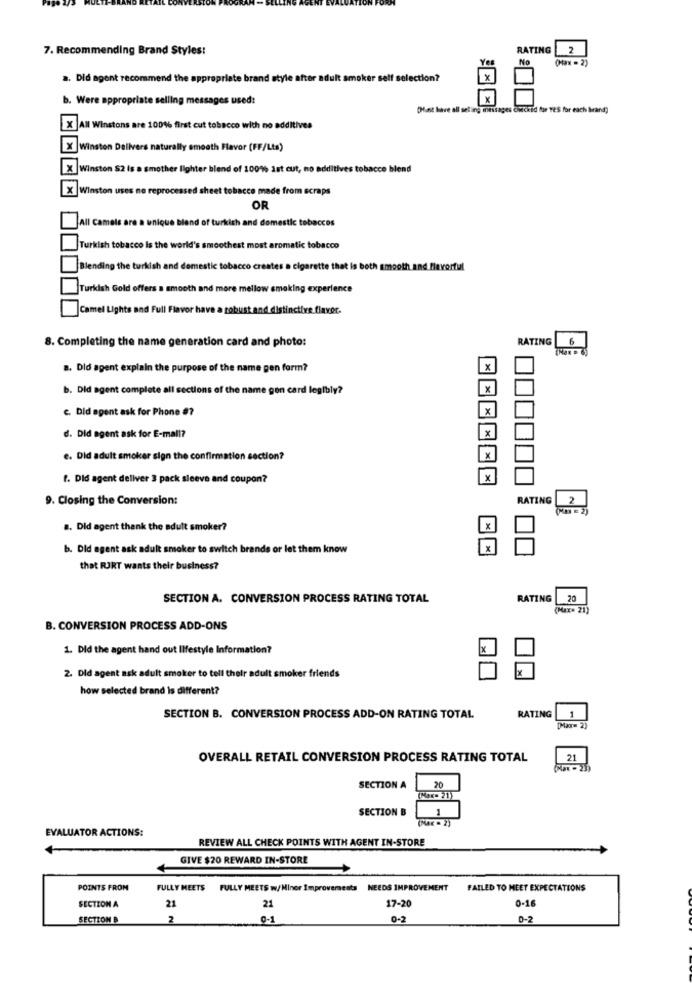
7. Recommending Brand Styles:
RATING
2
(ax - 2)
Yes
No
a. Did agent recommend the appropriate brand style after adult smoker self selection?
Were appropriate selling messages used:
(fast have all selling messages OMckid for TES for each brand)
All Winstons are 100% first cut tobacco with no additives
Winston Delivers naturally smeath Flavor (FF/Lts)
X |Winston S2 is a smother lighter blend of 100% ist cut, no additives tobacco blend
x
Winston uses no reprocessed sheet tobacco made from scraps
OR
JAIL Can
unique blend of turkish and domestic tobaccos
Turkish tobacco Is the world's smoothest most aromatic tobacco
Blending the turkish and domestic tobacco creates a cigarette that is both smooth and flavorful
Turkish Gold offers a smooth and more mellow smoking experience
Camel Lights and Full Flavor have a robust and distinctive flavor.
8. Completing the name generation card and photo:
RATING
6
B. Did agent explain the purpose of the name gen form?
b. Did agent complete all sections of the name gen card legibly?
c. Did agent ask for Phone #?
d. Did agent ask for E-mail?
x
e. Did adult smoker sign the confirmation section?
x
f. Did agent deliver 3 pack sleeve and coupon?
x
9. Closing the Conversion:
RATING
2
(Mm = 2)
#. Did agent thank the adult smoker?
x
b. Did agent ask adult smoker to switch brands or let them know
that FURT wants their business?
SECTION A. CONVERSION PROCESS RATING TOTAL
RATING
20
(Max. 21)
B. CONVERSION PROCESS ADD-ONS
1. Did the agent hand out lifestyle Information?
2. Did agent ask adult smoker to tell their adult smoker friends
how selected brand is different?
RATING
1
SECTION B. CONVERSION PROCESS ADD-ON RATING TOTAL
[ar= 2)
OVERALL RETAIL CONVERSION PROCESS RATING TOTAL
21
(Max - 23)
SECTION A
20
(Max. 21)
SECTION B
(x = 2)
EVALUATOR ACTIONS:
REVIEW ALL CHECK POINTS WITH AGENT IN-STORE
GIVE $20 REWARD IN-STORE
POINTS FROM
FULLY MEETS
FULLY MEETS w/ Minor Improvements
NEEDS IMPROVEMENT
FAILED TO MEET EXPECTATIONS
17-20
0-16
SECTION A
21
21
SECTION B
2
0-1
0-2
0-2